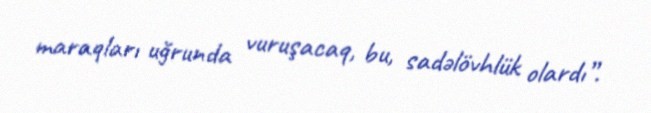
maraqları uğrunda vuruşacaq, bu, sadəlövhlük olardı”.